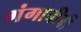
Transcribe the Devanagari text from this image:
गंगाबीबी